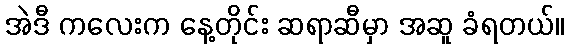
အဲဒီ ကလေးက နေ့တိုင်း ဆရာဆီမှာ အဆူ ခံရတယ်။